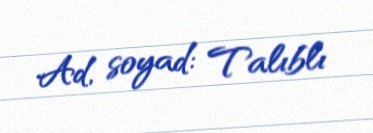
Ad, soyad: Talıblı